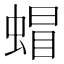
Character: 蝐